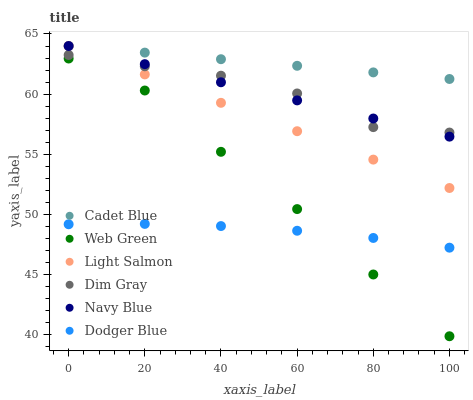
| xaxis_label | Cadet Blue | Web Green | Light Salmon | Dim Gray | Navy Blue | Dodger Blue |
 | --- | --- | --- | --- | --- | --- | --- |
 | 0 | 64 | 63 | 64 | 63.3 | 64 | 49.2 |
 | 20 | 63.5 | 60.3 | 61.6 | 62.3 | 62.5 | 49.2 |
 | 40 | 62.9 | 55.2 | 59.3 | 61.5 | 61 | 49 |
 | 60 | 62.4 | 50.5 | 56.9 | 60.1 | 59.5 | 48.7 |
 | 80 | 61.8 | 45 | 54.6 | 57.3 | 58 | 48.1 |
 | 100 | 61.3 | 39.9 | 52.2 | 56.8 | 56.5 | 47.2 |